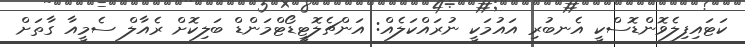
ކަޓައިފިލެވޮންޑޮސްކީ އެނބުރި އައުމަކީ ނުރައްކަލެއް: އަންޗެލޮޓީޑޯޓްމަންޑް ބަލިކޮށް ރެއާލް ސެމީއާ ގާތަށް